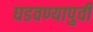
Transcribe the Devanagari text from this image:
घडवण्यापुर्वी